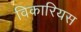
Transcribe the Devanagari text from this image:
विकारियस